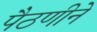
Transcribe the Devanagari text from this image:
पैठणीने